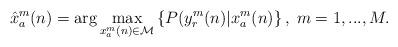
LaTeX: \begin{align*} \hat x^m_a(n) = {\rm arg} \max_{x^m_a(n)\in \mathcal{M}} \left\{ P(y^m_r(n)|x^m_a(n) \right\}, \; m=1,...,M.\end{align*}